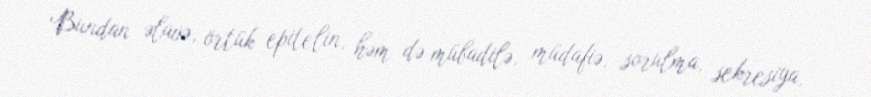
Bundan əlavə, örtük epitelin, həm də mübadilə, müdafiə, sorulma, sekresiya,